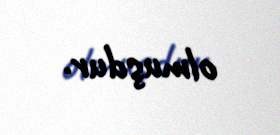
olmuşdur.